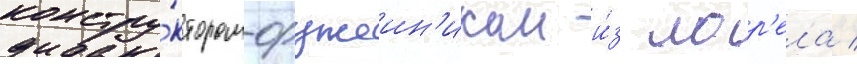
констру́ктором-оружеин'иком и́з лор'ела /